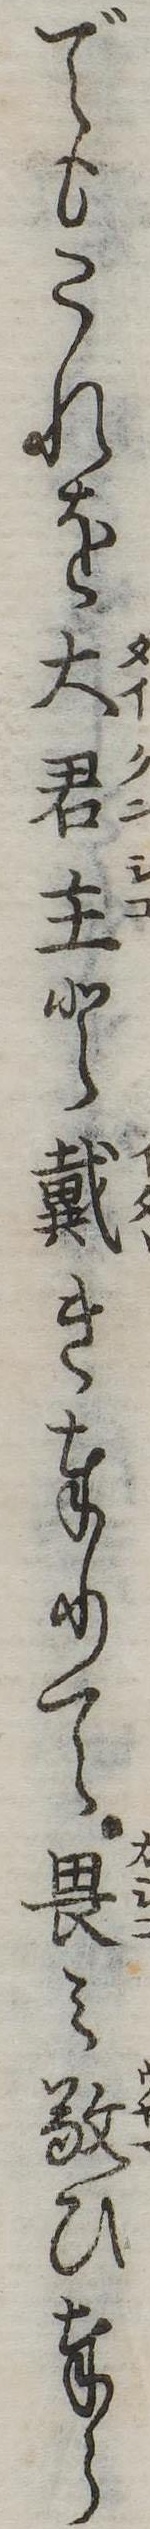
でもこれを大君主と戴き奉りて畏み敬ひ奉ら